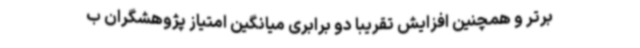
برتر و همچنین افزایش تقریباً دو برابری میانگین امتیاز پژوهشگران ب